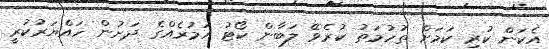
އެކަން ކުރި ކަމަށް ތުހުމަތު ކުރެވޭ ލަބާން ކޯޓު އަމުރެއްގެ ދަށުން ހައްޔަރުކުރީ